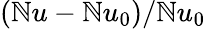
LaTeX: (\mathbb{N}u-\mathbb{N}u_{0})/\mathbb{N}u_{0}